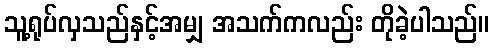
သူ့ရုပ်လှသည်နှင့်အမျှ အသက်ကလည်း တိုခဲ့ပါသည်။